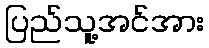
ပြည်သူ့အင်အား